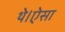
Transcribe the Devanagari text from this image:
थे।ऐसा